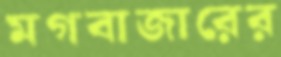
মগবাজারের